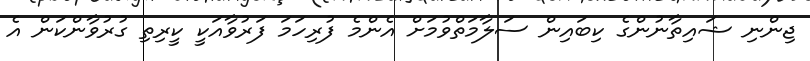
ޖިންނި ޝައިތާނުންގެ ކިބައިން ސަލާމަތްވުމަށް އެންމެ ފުރިހަމަ ފަރުވާއަކީ ކީރިތި ގުރުވާންކަން އެ